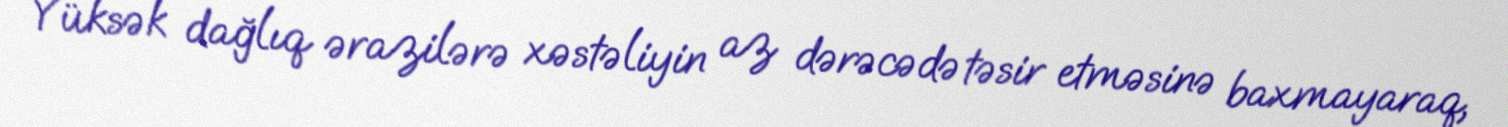
Yüksək dağlıq ərazilərə xəstəliyin az dərəcədə təsir etməsinə baxmayaraq,